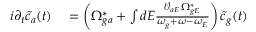
\begin{array} { r l } { i \partial _ { t } \tilde { c } _ { a } ( t ) } & { { } = \left( \Omega _ { g a } ^ { * } + \int { d E \frac { \mathcal { V } _ { a E } \Omega _ { g E } ^ { * } } { \omega _ { g } + \omega - \omega _ { E } } } \right) \tilde { c } _ { g } ( t ) } \end{array}